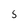
Character: 5